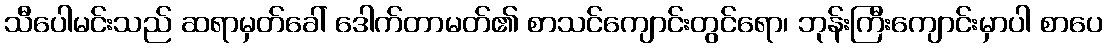
သီပေါမင်းသည် ဆရာမှတ်ခေါ် ဒေါက်တာမတ်၏ စာသင်ကျောင်းတွင်ရော၊ ဘုန်းကြီးကျောင်းမှာပါ စာပေ